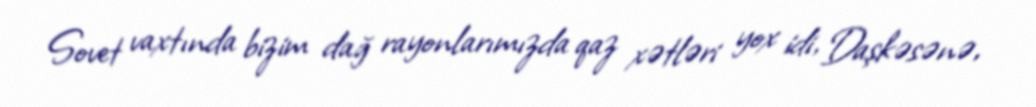
Sovet vaxtında bizim dağ rayonlarımızda qaz xətləri yox idi, Daşkəsənə,